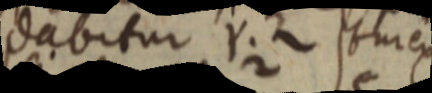
dabitur Y. Z sur ex